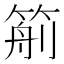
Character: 𥮙